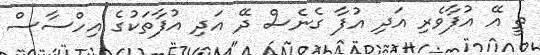
ތީ އޭ އުފާވެރި އަދި އުފާ ގެނެސް ދޭ އަދި އުފާތަކުގެ އިހްސާސް